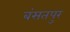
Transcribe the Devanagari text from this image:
बंसतपुर